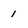
Character: 1